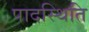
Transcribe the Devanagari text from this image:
पादस्थिति